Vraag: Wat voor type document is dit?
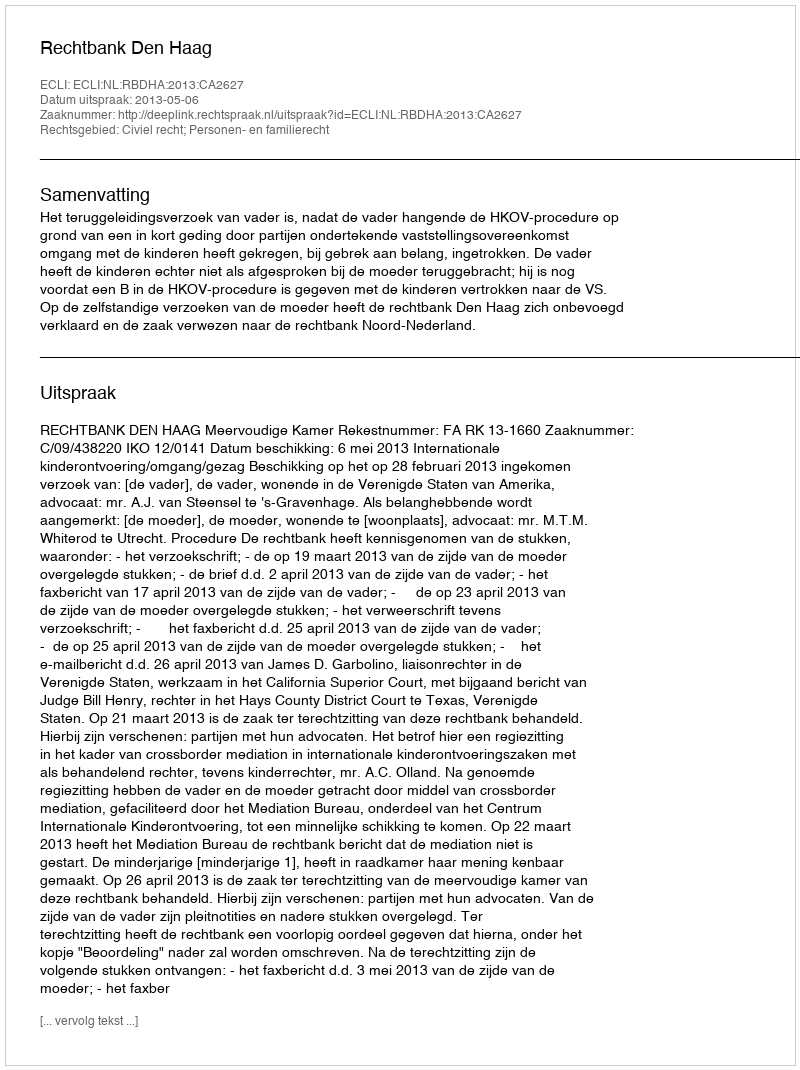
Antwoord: Uitspraak